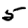
Digit: 5